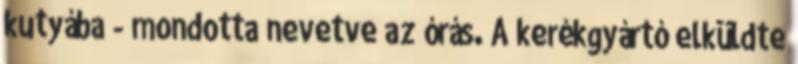
kutyába - mondotta nevetve az órás. A kerékgyártó elküldte